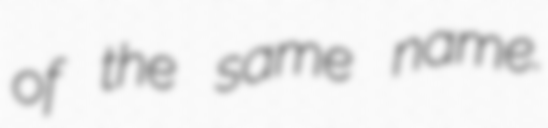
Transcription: of the same name.